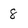
Character: 8